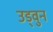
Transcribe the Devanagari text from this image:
उड्वुन